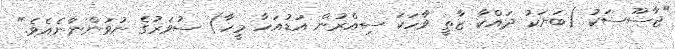
"ޖާސޫސަކު (ބަޔަކު ދައްކާ ޒާތީ ވާހަކަ ސިއްރުން އަޑުއަހާ މީހާ) ސުވަރުގެ ނުވަންނާނެއެވެ."